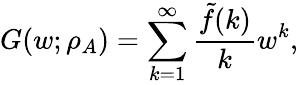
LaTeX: G(w;\rho_{A})=\sum_{k=1}^{\infty}\frac{\tilde{f}(k)}{k}w^{k},